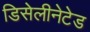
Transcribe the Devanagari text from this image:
डिसेलीनेटेड